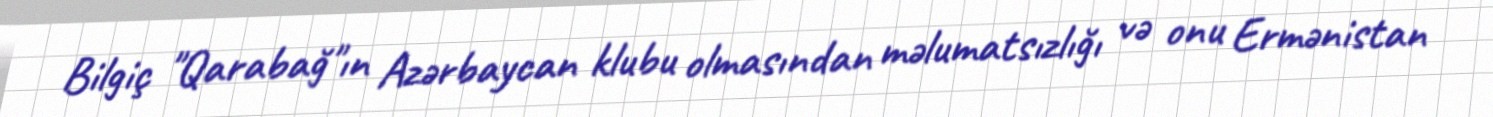
Bilgiç "Qarabağ"ın Azərbaycan klubu olmasından məlumatsızlığı və onu Ermənistan